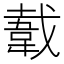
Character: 𬰫